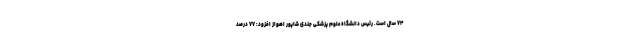
۷۴ سال است. رئیس دانشگاه علوم پزشکی جندی شاپور اهواز افزود: ۷۷ درصد